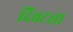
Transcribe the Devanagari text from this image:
दिवट्या